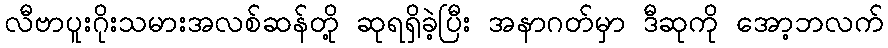
လီဗာပူးဂိုးသမားအလစ်ဆန်တို့ ဆုရရှိခဲ့ပြီး အနာဂတ်မှာ ဒီဆုကို အော့ဘလက်